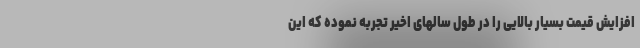
افزایش قیمت بسیار بالایی را در طول سالهای اخیر تجربه نموده که این